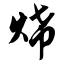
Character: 烯